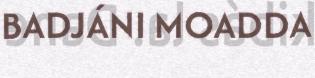
BADJÁNI MOADDA